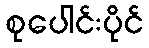
စုပေါင်းပိုင်